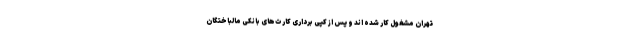
تهران مشغول کار شده اند و پس از کپی برداری کارت‌های بانکی مالباختگان